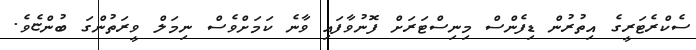
ސެކްރެޓަރީގެ އިތުރުން ޑިފެންސް މިނިސްޓަރަށް ފޮނުވާފައި ވާނެ ކަމަށްވެސް ނިމަލް ވީރަތުންގަ ބުންޏެވެ.